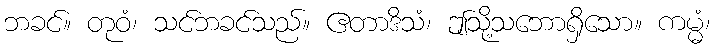
ဘခင်။ တုဝံ၊ သင်ဘခင်သည်။ ဧတာဒိသံ၊ ဤသို့သဘောရှိသော။ ကမ္မံ၊